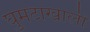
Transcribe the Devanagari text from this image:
घुमटाखाली